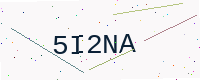
Text: 5I2NA